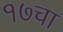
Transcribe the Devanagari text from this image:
१७चा